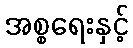
အစ္စရေးနှင့်